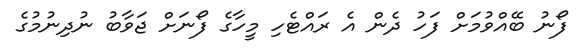
ފޯނު ބޭއްވުމަށް ފަހު ދެން އެ ރައްޓެހި މީިހާގެ ފޯނަށް ޖަވާބު ނުދިނުމުގެ